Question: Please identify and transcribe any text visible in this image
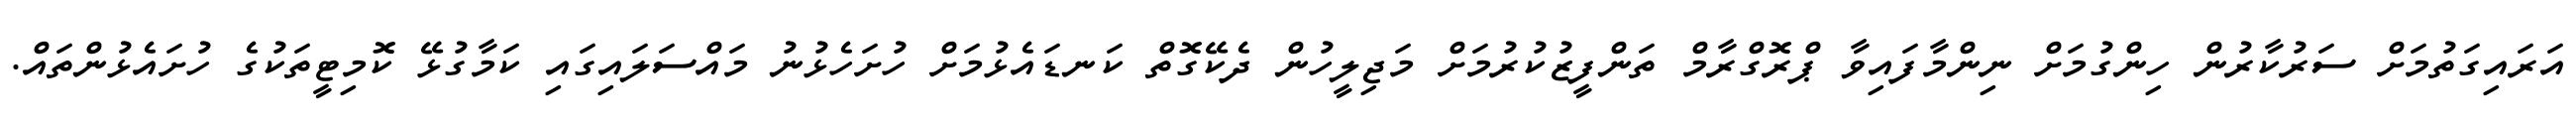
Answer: އަރައިގަތުމަށް ސަރުކާރުން ހިންގުމަށް ނިންމާފައިވާ ޕްރޮގްރާމް ތަންފީޒުކުރުމަށް މަޖިލީހުން ދެކޭގޮތް ކަނޑައެޅުމަށް ހުށަހެޅުނު މައްސަލައިގައި ކަމާގުޅޭ ކޮމިޓީތަކުގެ ހުށައެޅުންތައް.